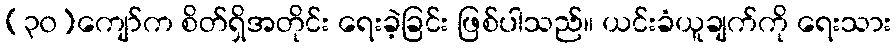
(၃၀)ကျော်က စိတ်ရှိအတိုင်း ရေးခဲ့ခြင်း ဖြစ်ပါသည်။ ယင်းခံယူချက်ကို ရေးသား